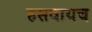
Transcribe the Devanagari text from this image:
हसवायच